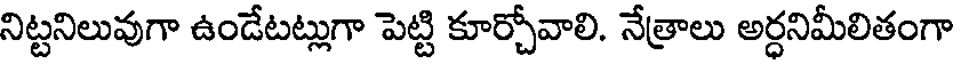
నిట్టనిలువుగా ఉండేటట్లుగా పెట్టి కూర్చోవాలి. నేత్రాలు అర్ధనిమీలితంగా